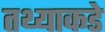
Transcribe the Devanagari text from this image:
तथ्याकडे